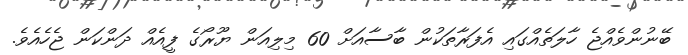
ބޭނުންވެއްޖެ ހާލަތެއްގައި އެފަރާތަކުން ބާސާއަށް 60 މިލިއަން ޔޫރޯގެ ފީއެއް ދަންކަން ޖެހެއެވެ.